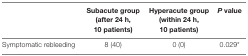
|  | Subacute group (after 24 h, 10 patients) | Hyperacute group (within 24 h, 10 patients) | P value |
 | --- | --- | --- | --- |
 | Symptomatic rebleeding | 8 (40) | 0 (0) | 0.029* |